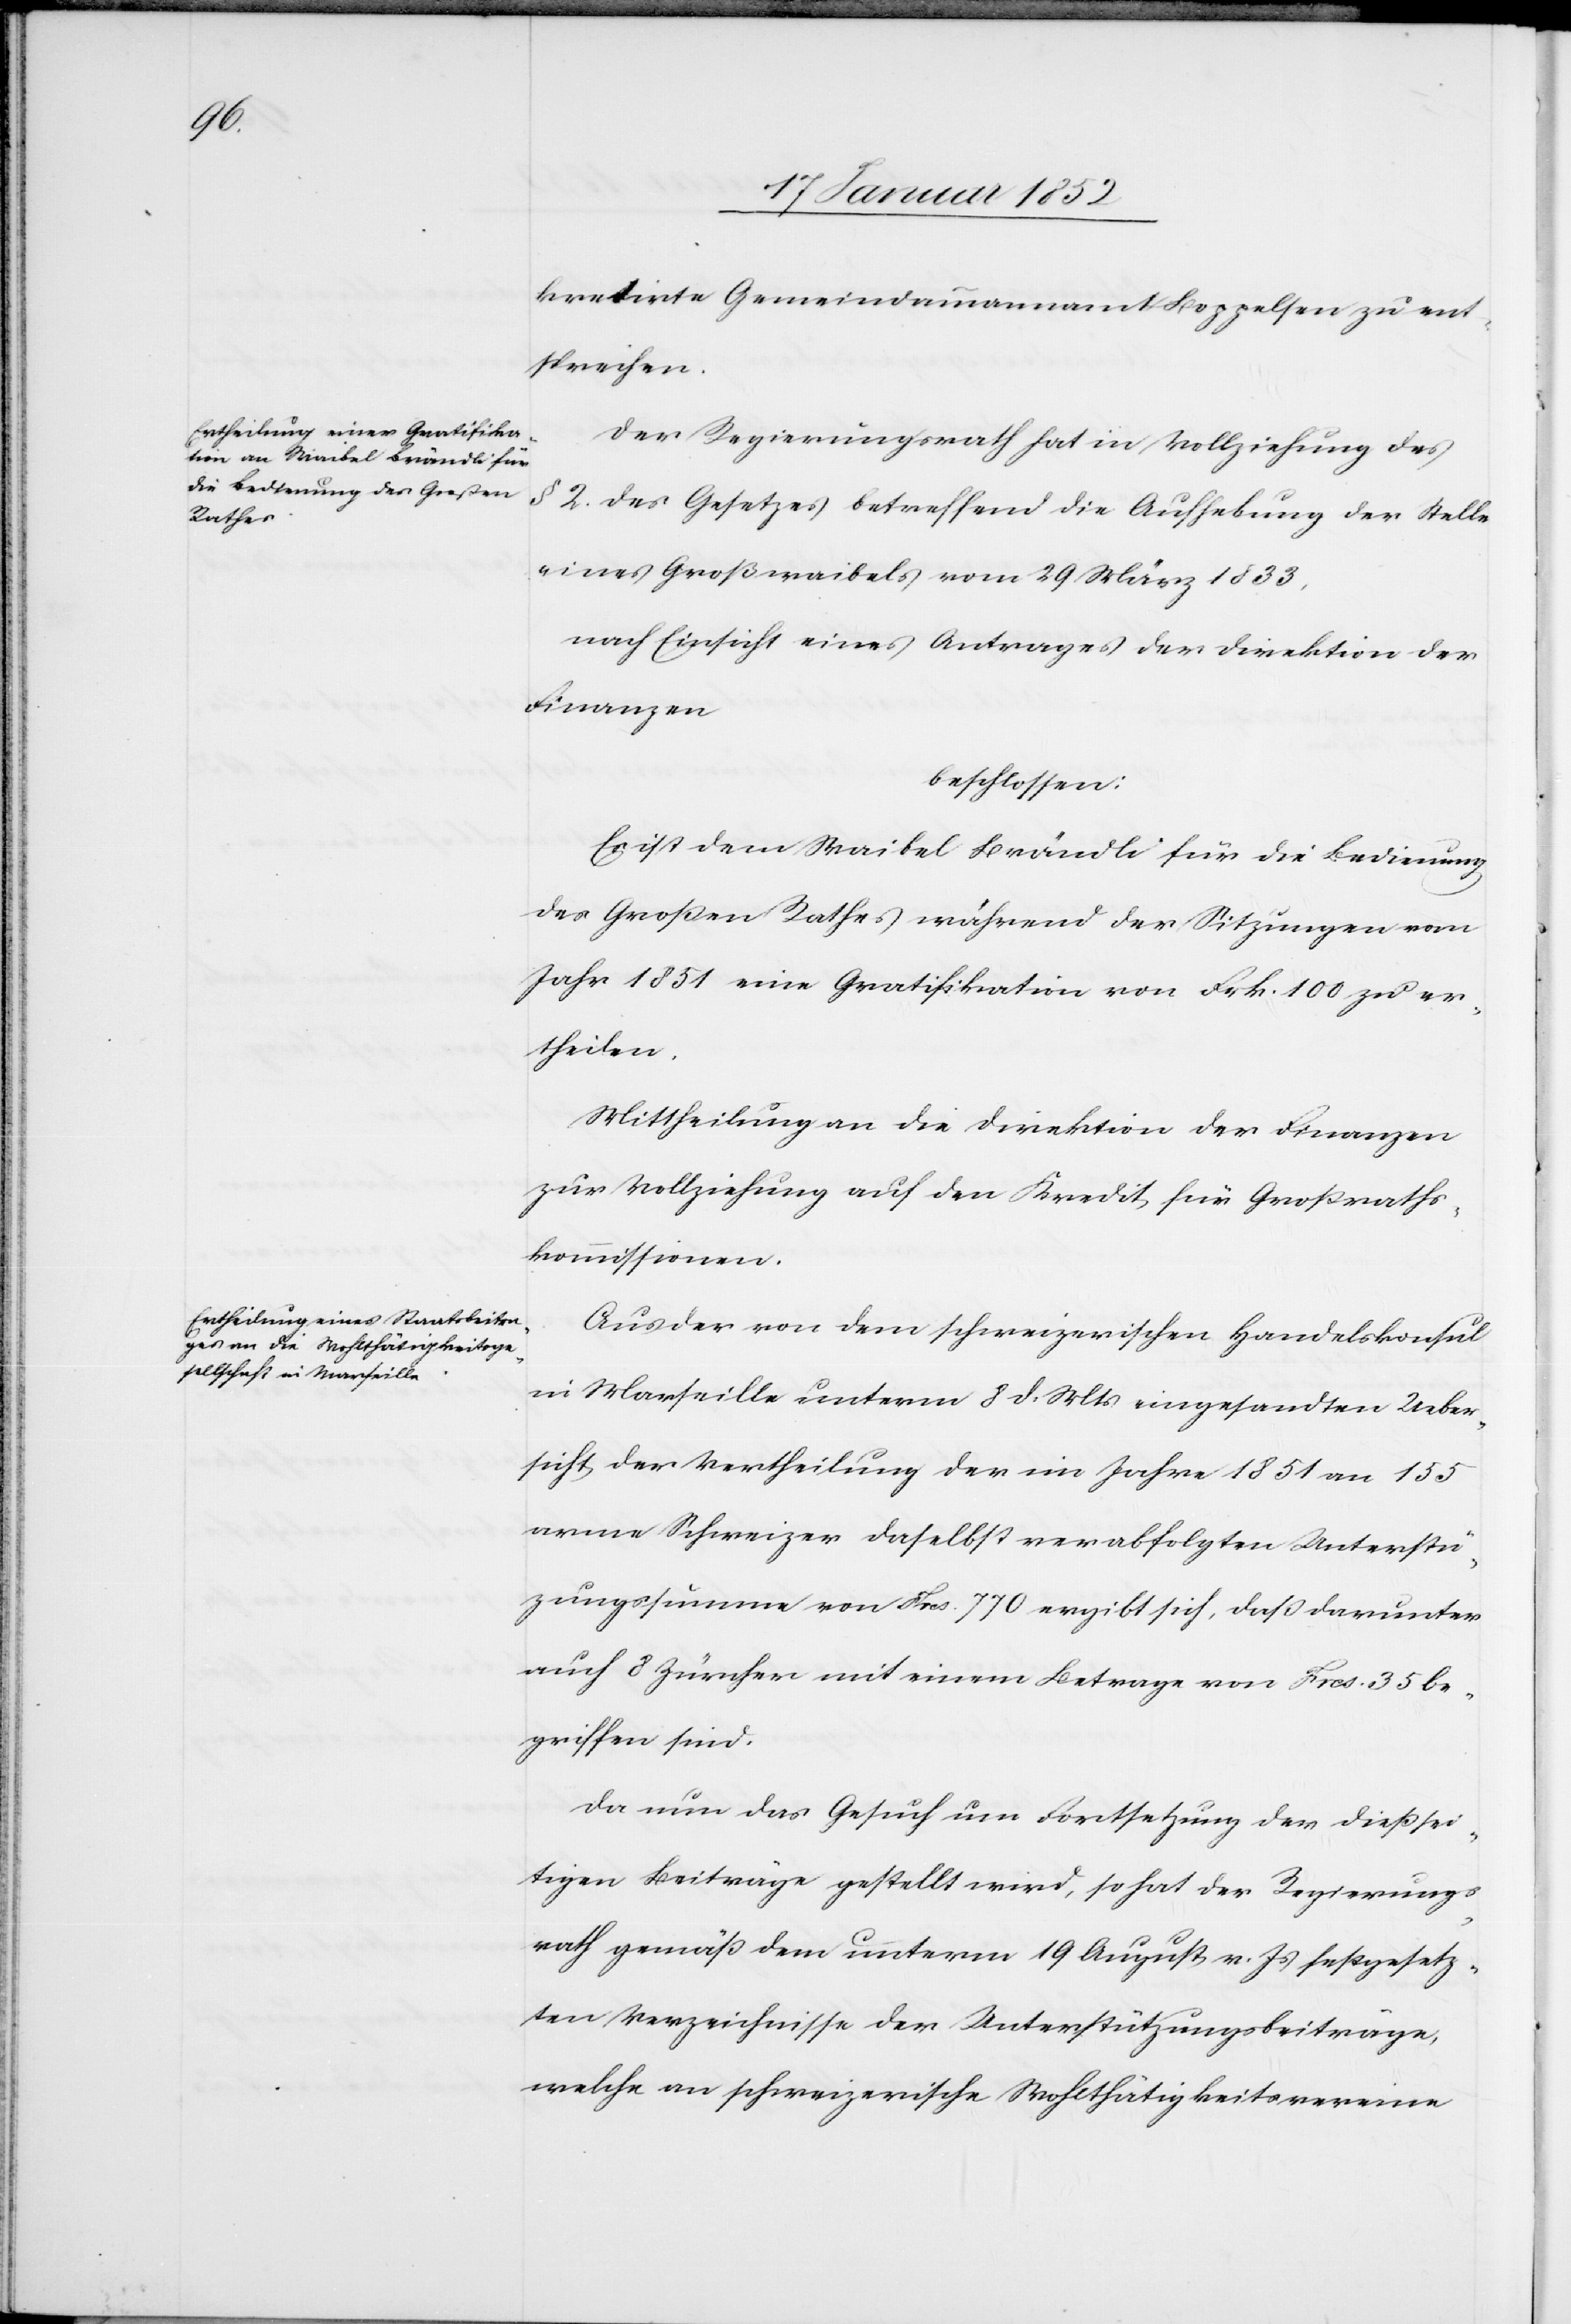
kretirte Gemeindammannamt Boppelsen zu ent¬
sprechen.
Der Regierungsrath hat in Vollziehung des
§ 2. des Gesetzes betreffend die Aufhebung der Stelle
eines Großwaibels vom 29 März 1833,
nach Einsicht eines Antrages der Direktion der
Finanzen
beschlossen:
Es ist dem Waibel Brändli für die Bedienung
des Großen Rathes während der Sitzungen vom
Jahr 1851 eine Gratifikation von Frk. 100 zu er¬
theilen.
Mittheilungen an die Direktion der Finanzen
zur Vollziehung auf den Kredit für Großraths¬
kommissionen.
Aus der von dem schweizerischen Handelskonsul
in Marseille unterm 8 d. Mts eingesandten Ueber¬
sicht, der Vertheilung der im Jahre 1851 an 155
arme Schweizer daselbst verabfolgten Unterstüt¬
zungssumme von Frcs. 770 ergibt sich, daß darunter
auch 8 Zürcher mit einem Betrage von Frcs. 35 be¬
griffen sind.
Da nun das Gesuch um Fortsetzung der dießsei¬
tigen Beiträge gestellt wird, so hat der Regierungs¬
rath gemäß dem unterm 19 August v. Js festgesetz¬
ten Verzeichnisse der Unterstützungsbeiträge,
welche an schweizerische Wohlthätigkeitsvereine